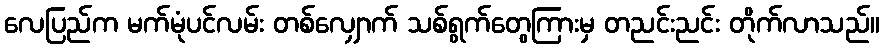
လေပြည်က မက်မုံပင်လမ်း တစ်လျှောက် သစ်ရွက်တွေကြားမှ တညင်းညင်း တိုက်လာသည်။